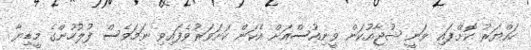
ހައްޔަރު ކޮށްފައި ވަނީ ޝުޖާއުކަން ވީނިއުސްއަށް އެކަން ކަށަވަރުވެފައިވި ނަމަވެސް ފުލުހުންގެ މީޑިޔާ